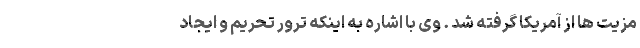
مزیت ها از آمریکا گرفته شد . وی با اشاره به اینکه ترور تحریم و ایجاد